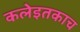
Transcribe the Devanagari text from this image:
कलेइतकाच